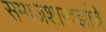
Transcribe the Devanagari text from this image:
समाजशास्त्रज्ञांचे